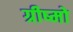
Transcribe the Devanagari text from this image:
ग्रीष्मो